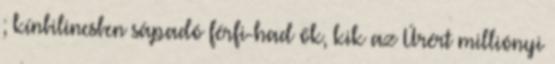
; kínbilincsben sápadó férfi-had ők, kik az Úrért milliónyi